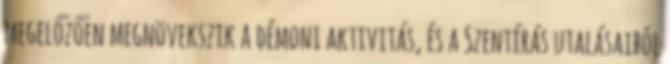
megelőzően megnövekszik a démoni aktivitás, és a Szentírás utalásaiból